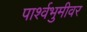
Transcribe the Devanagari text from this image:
पार्श्वभुमीवर